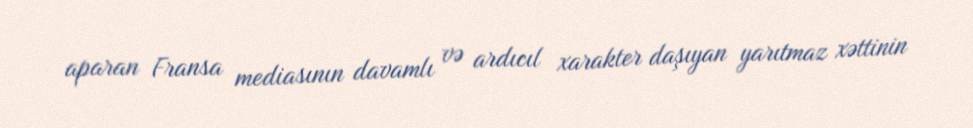
aparan Fransa mediasının davamlı və ardıcıl xarakter daşıyan yarıtmaz xəttinin